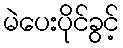
မဲပေးပိုင်ခွင့်